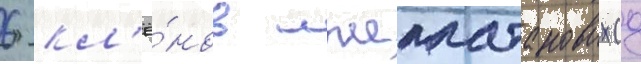
6 кл'ё́нов лжеплатановых (д